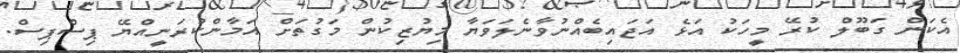
އެކަން ގަބޫލް ކުރޭ މީހަކު އަޅެ އަޖައިބެއްނުވާނެލަވަޔާ މިޔުޒިކުން މަގުތަށް އަމާންކުރަނީއްޔޭ ޕިސްޕިސް.